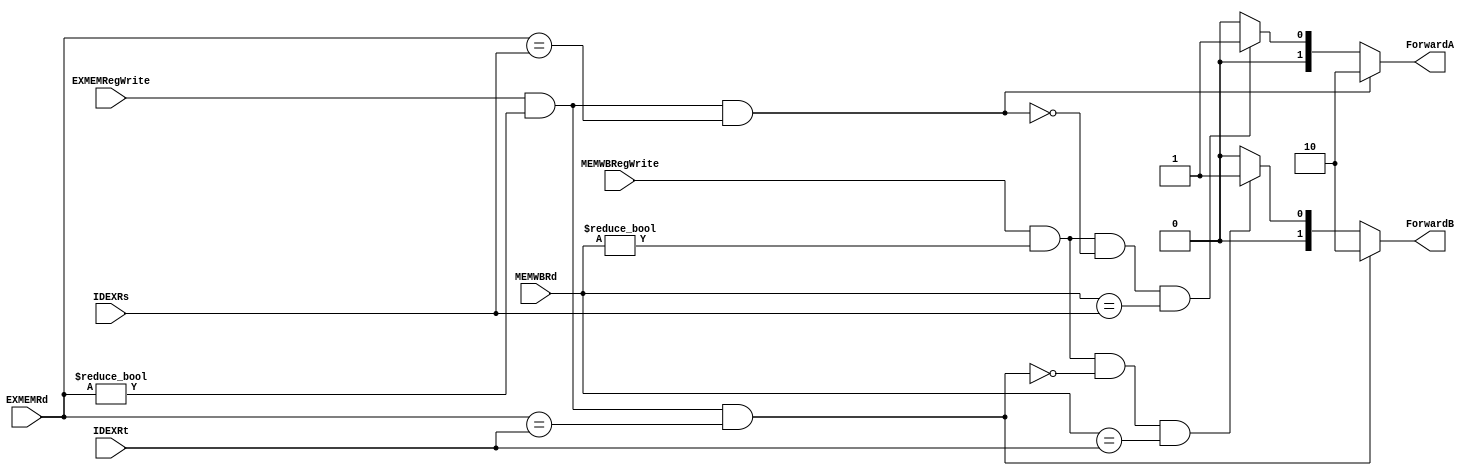
// Forwarding Unit for pipelining CPU
module forwardUnit (IDEXRs, IDEXRt, EXMEMRd, MEMWBRd, EXMEMRegWrite, MEMWBRegWrite,ForwardA, ForwardB);
	input [4:0] IDEXRs, IDEXRt, EXMEMRd, MEMWBRd;
	input EXMEMRegWrite, MEMWBRegWrite;
	output reg [1:0] ForwardA, ForwardB;

	//Forward A
	always @(EXMEMRegWrite or MEMWBRegWrite or EXMEMRd or MEMWBRd or IDEXRs)
		begin
			if (EXMEMRegWrite && (EXMEMRd != 0) && (EXMEMRd == IDEXRs))
				ForwardA = 2'b10;
			else if (MEMWBRegWrite && (MEMWBRd != 0) &&  ~(EXMEMRegWrite && (EXMEMRd != 0) && (EXMEMRd == IDEXRs)) && (MEMWBRd == IDEXRs))
				ForwardA = 2'b01;
			else
				ForwardA = 2'b00;
		end

	//Forward B
	always @(EXMEMRegWrite or MEMWBRegWrite or EXMEMRd or MEMWBRd or IDEXRt)
		begin
			if (EXMEMRegWrite && (EXMEMRd != 0) && (EXMEMRd == IDEXRt))
				ForwardB = 2'b10;
			else if (MEMWBRegWrite && (MEMWBRd != 0) &&  ~(EXMEMRegWrite && (EXMEMRd != 0) && (EXMEMRd == IDEXRt)) && (MEMWBRd == IDEXRt))
				ForwardB = 2'b01;
			else
				ForwardB = 2'b00;
		end


endmodule

module forwardUnit_test ();
	reg [4:0] IDEXRs, IDEXRt, EXMEMRd, MEMWBRd;
	reg EXMEMRegWrite, MEMWBRegWrite;
	wire [1:0] ForwardA, ForwardB;

	forwardUnit dut(IDEXRs, IDEXRt, EXMEMRd, MEMWBRd, EXMEMRegWrite, MEMWBRegWrite,ForwardA, ForwardB);

	parameter d = 20;

	initial begin
		#d;
		EXMEMRegWrite <= 1'b1; MEMWBRegWrite <= 1'bx; 
		EXMEMRd <= 5'b1; MEMWBRd <= 5'bx; 
		IDEXRs  <= 5'b1;  IDEXRt <= 5'b1; 
		#d;#d;
		EXMEMRegWrite <= 1'b1; MEMWBRegWrite <= 1'b1; 
		EXMEMRd <= 5'b00100; MEMWBRd <= 5'b1; 
		IDEXRs  <= 5'b1;  IDEXRt <= 5'b1; 
		#d;#d;
		EXMEMRegWrite <= 1'b1; MEMWBRegWrite <= 1'b1; 
		EXMEMRd <= 5'b1; MEMWBRd <= 5'b1; 
		IDEXRs  <= 5'b1;  IDEXRt <= 5'b00100; 
		#d;#d;
		EXMEMRegWrite <= 1'b0; MEMWBRegWrite <= 1'b1; 
		EXMEMRd <= 5'bx; MEMWBRd <= 5'b1; 
		IDEXRs  <= 5'b00101;  IDEXRt <= 5'b1; 
		#d;
		$stop;
		$finish;
	end 
endmodule